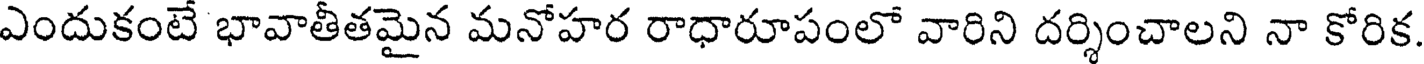
ఎందుకంటే భావాతీతమైన మనోహర రాధారూపంలో వారిని దర్శించాలని నా కోరిక